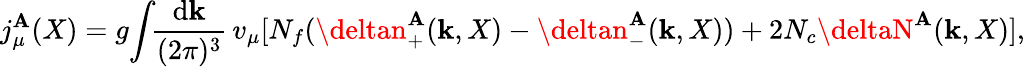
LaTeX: j_{\mu}^{\mathbf{A}}(X)=g\! \int\! \! \frac{{\mathrm{{d}}{\mathbf{k}}}}{{(2\pi)^{3}}}\, v_{\mu}[N_{f}(\deltan_{+}^{\mathbf{A}}({\mathbf{k}},X)-\deltan_{-}^{\mathbf{A}}({\mathbf{k}},X))+2N_{c}\deltaN^{\mathbf{A}}({\mathbf{k}},X)],